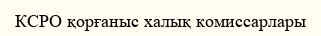
КСРО қорғаныс халық комиссарлары